Lunatic asylums Central Provinces reports 1874-1885 - 1874-1885
Year: 1874
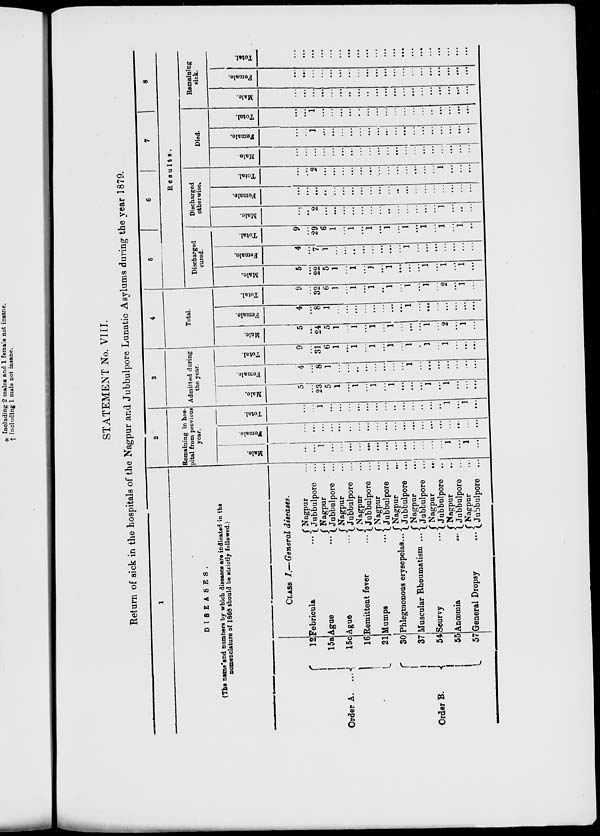
STATEMENT No. VIII.
Return of sick in the hospitals of the Nagpur and Jubbulpore Lunatic Asylums during the year 1879.
1
DISEASES.
(The name and numbers by which diseases are indicated in the
nomenclature of 1868 should be strictly followed.)
Order A. ...
Order B.
12
15a
15c
16
21
30
37
54
55
57
CLASS I.—General diseases.
Febricula
...
Ague
...
Ague
...
Remittent fever
...
Mumps
...
Phlegmonous erysepelas ...
Muscular Rheumatism ...
Scurvy
...
Anœmia
...
General Dropsy
...
Nagpur ...
Jubbulpore ...
Nagpur ...
Jubbulpore ...
Nagpur ...
Jubbulpore ...
Nagpur ...
Jubbulpore ...
Nagpur ...
Jubbulpore ...
Nagpur
...
Jubbulpore ...
Nagpur ...
Jubbulpore ...
Nagpur ...
Jubbulpore ...
Nagpur ...
Jubbulpore ...
Nagpur ...
Jubbulpore ...
2
Remaining in hos-
pital from previous
year.
Male.
...
...
1
...
...
...
...
...
...
...
...
...
...
...
...
...
1
...
1
...
Female.
...
...
...
...
...
...
...
...
...
...
...
...
...
...
...
...
...
...
...
...
Total.
...
...
1
...
...
...
...
...
...
...
...
...
...
...
...
...
1
...
1
...
3
Admitted during
the year.
Male.
5
...
23
5
1
...
1
...
1
...
1
...
...
...
1
...
1
...
...
...
Female.
4
...
8
1
...
...
...
...
...
...
...
...
1
...
...
...
...
...
...
...
Total.
9
...
31
6
1
...
1
...
1
...
1
...
1
...
1
...
1
...
...
...
4
Total.
Male.
5
...
24
5
1
...
1
...
1
...
1
...
...
...
1
...
2
...
1
...
Female.
4
...
8
1
...
...
...
...
...
...
...
...
1
...
...
...
...
...
...
...
Total.
9
...
32
6
1
...
1
...
1
...
1
...
1
...
1
...
2
...
1
...
5
6
7
8
Results.
Discharged
cured.
Male.
5
...
22
5
1
...
1
...
1
...
1
...
...
...
1
...
1
...
1
...
Female.
4
...
7
1
...
...
...
...
...
...
...
...
1
...
...
...
...
...
...
...
Total.
9
...
29
6
1
...
1
...
1
...
1
...
1
...
1
...
1
...
1
...
Discharged
otherwise.
Male.
...
...
2
...
...
...
...
...
...
...
...
...
...
...
...
...
1
...
...
...
Female.
...
...
....
...
...
...
...
...
...
...
...
...
...
...
...
...
...
...
...
...
Total.
...
...
2
...
...
...
...
...
...
...
...
...
...
...
...
...
1
...
...
...
Died.
Male.
...
...
...
...
...
...
...
...
...
...
...
...
...
...
...
...
...
...
...
...
Female.
...
...
1
...
...
...
...
...
...
...
...
...
...
...
...
...
...
...
...
...
Total.
...
...
1
...
...
...
...
...
...
...
...
...
...
...
...
...
...
...
...
...
Remaining
sick.
Male.
...
...
...
...
...
...
..
...
...
...
...
...
...
...
...
...
...
...
...
...
Female.
...
...
...
...
...
...
...
...
...
...
...
...
...
...
...
...
...
...
...
...
Total.
...
...
...
...
...
...
...
...
...
...
...
...
...
...
...
...
...
...
...
...